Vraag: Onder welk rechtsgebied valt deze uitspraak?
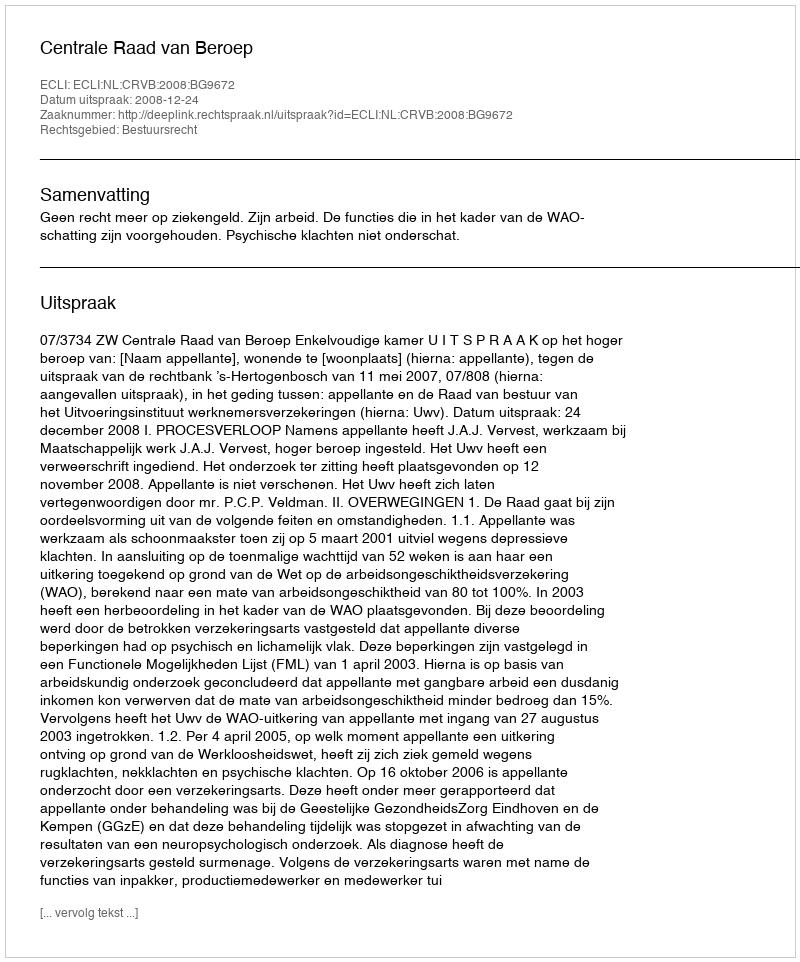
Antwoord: Bestuursrecht